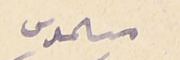
مسىموس